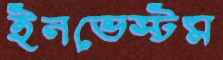
ইনভেস্টম